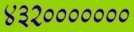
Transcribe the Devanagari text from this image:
४३२०००००००